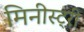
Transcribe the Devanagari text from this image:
मिनीस्‍ट्री